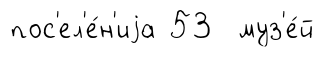
пос'ел'е́н'иjа 53 муз'е́й